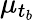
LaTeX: \mu_{t_{b}}